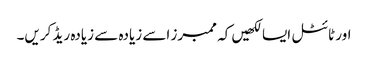
اور ٹائٹل ایسا لکھیں کہ ممبرز اسے زیادہ سے زیادہ ریڈ کریں۔